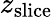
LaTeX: z_{\mathrm{slice}}